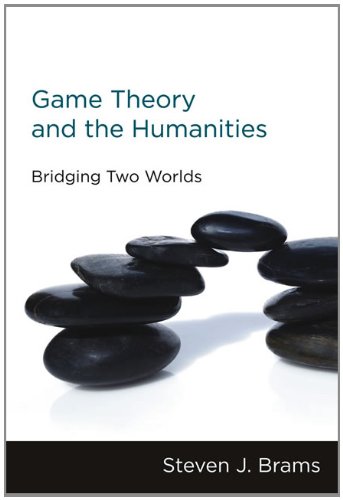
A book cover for Game Theory and the Humanities: Bridging Two Worlds; Steven J. Brams; Business & Money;